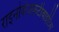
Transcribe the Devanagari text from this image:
राइनोकंजकटीवाइटिस